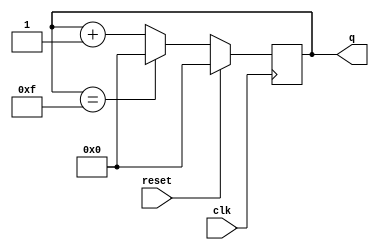
module Counter(
input clk, reset,
output reg [3:0] q     //MOD 16 counter -- counts from 0 to 15 -- requires 4 flipflops..
);

always@ (posedge clk)
begin
if (reset)
begin
q <= 0;
end
else if(q == 4'b1111)
begin
q <= 0;
end
else
begin
q <= q + 1'b01;
end
end
endmodule